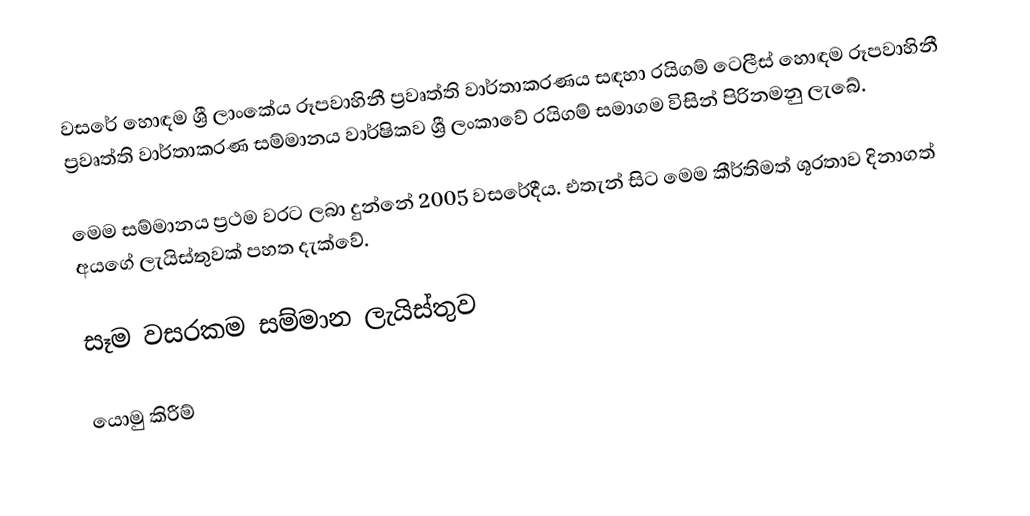
වසරේ හොඳම ශ්‍රී ලාංකේය රූපවාහිනී ප්‍රවෘත්ති වාර්තාකරණය සඳහා රයිගම් ටෙලීස් හොඳම රූපවාහිනී ප්‍රවෘත්ති වාර්තාකරණ සම්මානය වාර්ෂිකව ශ්‍රී ලංකාවේ රයිගම් සමාගම විසින් පිරිනමනු ලැබේ.

මෙම සම්මානය ප්‍රථම වරට ලබා දුන්නේ 2005 වසරේදීය. එතැන් සිට මෙම කීර්තිමත් ශූරතාව දිනාගත් අයගේ ලැයිස්තුවක් පහත දැක්වේ.

සෑම වසරකම සම්මාන ලැයිස්තුව

යොමු කිරීම්